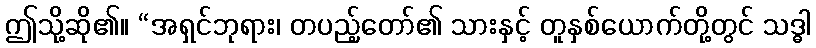
ဤသို့ဆို၏။ “အရှင်ဘုရား၊ တပည့်တော်၏ သားနှင့် တူနှစ်ယောက်တို့တွင် သဒ္ဓါ